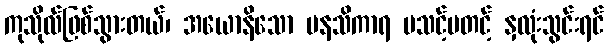
ကုသိုလ်ဖြစ်သွားတယ်၊ အယောနိသော မနသိကာရ မသင့်မတင့် နှလုံးသွင်းရင်